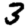
Digit: 3